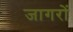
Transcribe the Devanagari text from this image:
जागरों